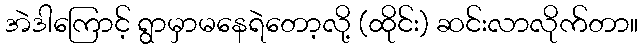
အဲဒါကြောင့် ရွာမှာမနေရဲတော့လို့ (ထိုင်း) ဆင်းလာလိုက်တာ။